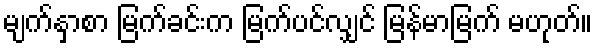
မျက်နှာစာ မြက်ခင်းက မြက်ပင်လျှင် မြန်မာမြက် မဟုတ်။